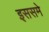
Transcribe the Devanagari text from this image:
इससमे